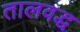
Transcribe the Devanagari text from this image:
तालवद्ध